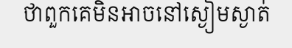
ថាពួកគេមិនអាចនៅស្ងៀមស្ងាត់